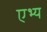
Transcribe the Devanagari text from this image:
एभ्य